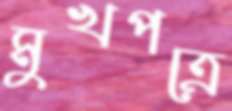
মুখপত্রে